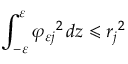
\int _ { - \varepsilon } ^ { \varepsilon } { \varphi _ { \varepsilon j } } ^ { 2 } \mathop { } \! { d { z } } \leqslant { r _ { j } } ^ { 2 }